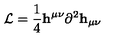
{ \cal L } = { \frac { 1 } { 4 } } { \bf h } ^ { \mu \nu } \partial ^ { 2 } { \bf h } _ { \mu \nu }